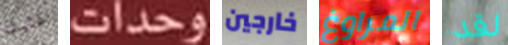
غثيان وحدات خارجين المراوغ لقد